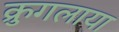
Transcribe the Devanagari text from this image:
क्रुगलाया